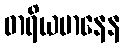
ဓာရိယမာနေန